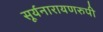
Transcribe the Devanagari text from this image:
सूर्यनारायणरुपी